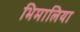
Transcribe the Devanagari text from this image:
भिमालिया